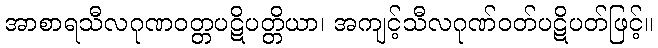
အာစာရသီလဂုဏဝတ္တပဋိပတ္တိယာ၊ အကျင့်သီလဂုဏ်ဝတ်ပဋိပတ်ဖြင့်။